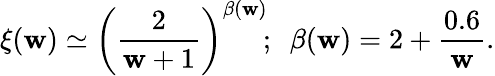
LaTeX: \xi(\mathbf{w})\simeq\bigg({\frac{{2}}{{\mathbf{w}+1}}}\bigg)^{\beta(\mathbf{w})}\! ;~~\beta(\mathbf{w})=2+{\frac{{0.6}}{{\mathbf{w}}}}.